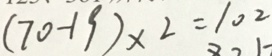
( 7 0 - 1 9 ) \times 2 = 1 0 2